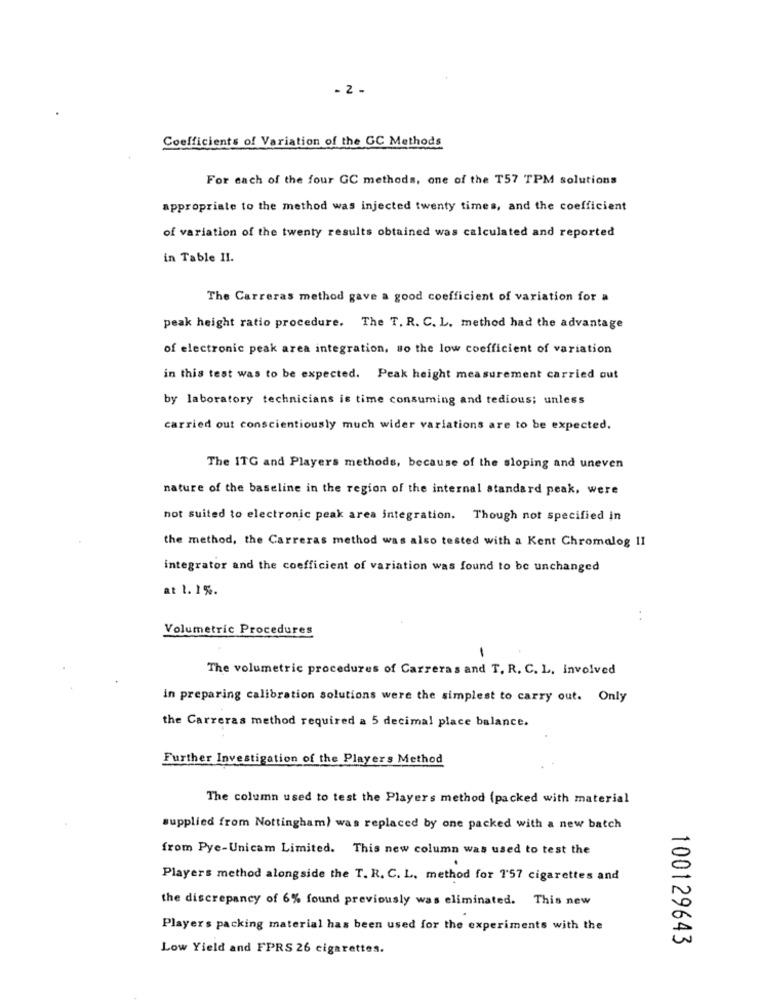
- 2 -
Coefficients of Variation of the GC Methods
For each of the four GC methods, one of the T57 TPM solutions
appropriate to the method was injected twenty times, and the coefficient
of variation of the twenty results obtained was calculated and reported
in Table II.
The Carreras method gave a good coefficient of variation for a
peak height ratio procedure. The T. R. C. L. method had the advantage
of electronic peak area integration, so the low coefficient of variation
in this test was to be expected. Peak height measurement carried out
by laboratory technicians is time consuming and tedious; unless
carried out conscientiously much wider variations are to be expected.
The ITG and Players methods, because of the sloping and uneven
nature of the baseline in the region of the internal standard peak, were
not suited to electronic peak area integration. Though not specified in
the method, the Carreras method was also tested with a Kent Chromalog 11
integrator and the coefficient of variation was found to be unchanged
at 1. 1%.
. .
Volumetric Procedures
The volumetric procedures of Carreras and T. R. C. L. involved
in preparing calibration solutions were the simplest to carry out. Only
the Carreras method required a 5 decimal place balance.
Further Investigation of the Players Method
The column used to test the Players method (packed with material
supplied from Nottingham) was replaced by one packed with a new batch
from Pye-Unicam Limited. This new column was used to test the
Players method alongside the T. R. C. L, method for 1'57 cigarettes and
the discrepancy of 6% found previously was eliminated. This new
Players packing material has been used for the experiments with the
100129643
Low Yield and FPRS 26 cigarettes.